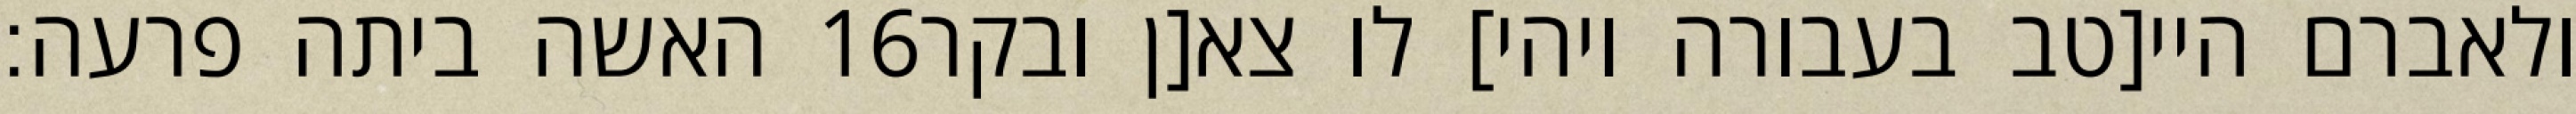
האשה ביתה פרעה׃ ‎16‏ ולאברם היי[טב בעבורה ויהי] לו צא[ן ובקר